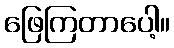
ဖြေကြတာပေါ့။